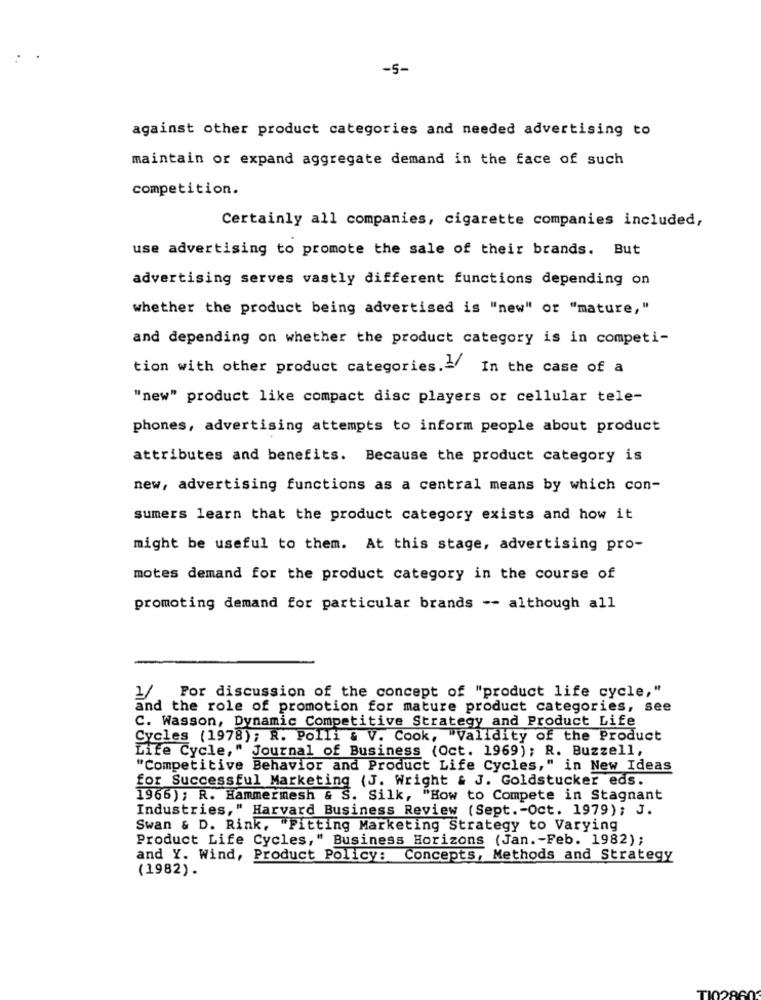
-5-
against other product categories and needed advertising to
maintain or expand aggregate demand in the face of such
competition.
Certainly all companies, cigarette companies included,
use advertising to promote the sale of their brands. But
advertising serves vastly different functions depending on
whether the product being advertised is "new" or "mature,"
and depending on whether the product category is in competi-
tion with other product categories .- In the case of a
"new" product like compact disc players or cellular tele-
phones, advertising attempts to inform people about product
attributes and benefits. Because the product category is
new, advertising functions as a central means by which con-
sumers learn that the product category exists and how it
might be useful to them. At this stage, advertising pro-
motes demand for the product category in the course of
promoting demand for particular brands -- although all
1/ For discussion of the concept of "product life cycle,"
and the role of promotion for mature product categories, see
C. Wasson, Dynamic Competitive Strategy and Product Life
Cycles (1978); R. Polli & V. Cook, "Validity of the Product
Life Cycle," Journal of Business (Oct. 1969); R. Buzzell,
"Competitive Behavior and Product Life Cycles," in New Ideas
for Successful Marketing (J. Wright & J. Goldstucker eds.
1966); R. Hammermesh & S. Silk, "How to Compete in Stagnant
Industries," Harvard Business Review (Sept .- Oct. 1979); J.
Swan & D. Rink, "Fitting Marketing Strategy to Varying
Product Life Cycles," Business Horizons (Jan .- Feb. 1982);
and Y. Wind, Product Policy: Concepts, Methods and Strategy
(1982).